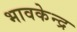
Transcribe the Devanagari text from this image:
भावकेन्द्र